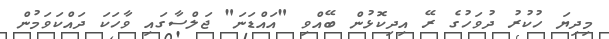
މިދިޔަ ހުކުުރު ދުވަހުގެ ރޭ އިދިކޮޅުން ބޭއްވި "އައްޑަނަ" ޖަލްސާގައި ވާހަކަ ދައްކަވަމުން